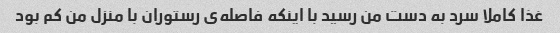
غذا کاملا سرد به دست من رسید با اینکه فاصله‌ی رستوران با منزل من کم بود